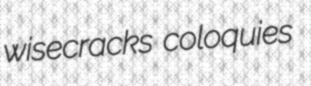
wisecracks coloquies